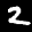
Label: 2